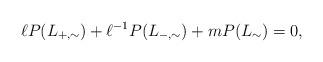
LaTeX: \begin{align*} \ell P(L_{+,\sim}) + \ell^{-1} P(L_{-,\sim}) + m P(L_\sim)= 0, \end{align*}